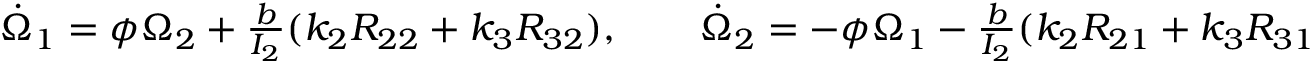
\begin{array} { r } { \dot { \Omega } _ { 1 } = \phi \Omega _ { 2 } + \frac { b } { I _ { 2 } } ( k _ { 2 } R _ { 2 2 } + k _ { 3 } R _ { 3 2 } ) , \qquad \dot { \Omega } _ { 2 } = - \phi \Omega _ { 1 } - \frac { b } { I _ { 2 } } ( k _ { 2 } R _ { 2 1 } + k _ { 3 } R _ { 3 1 } ) , \qquad \Omega _ { 3 } = \mathrm { ~ c ~ o ~ n ~ s ~ t ~ } ; } \end{array}